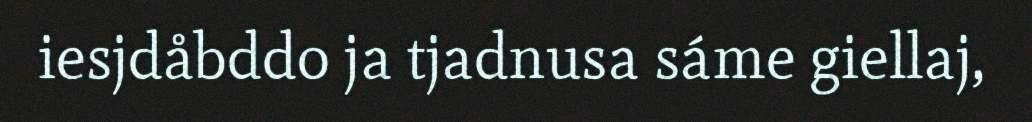
iesjdåbddo ja tjadnusa sáme giellaj,